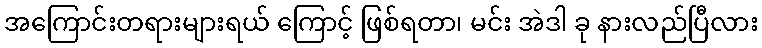
အကြောင်းတရားများရယ် ကြောင့် ဖြစ်ရတာ၊ မင်း အဲဒါ ခု နားလည်ပြီလား